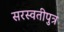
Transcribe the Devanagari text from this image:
सरस्वतीपुत्र